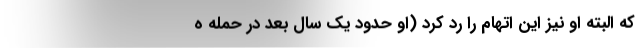
که البته او نیز این اتهام را رد کرد (او حدود یک سال بعد در حمله ه